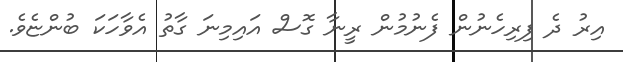
އިރު ދެ ފިރިހެނުން ފެނުމުން ރީނާ ގޮސް އައިމިނަ ގާތު އެވާހަކަ ބުންޏެވެ.